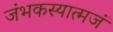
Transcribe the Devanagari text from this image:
जंभकस्यात्मजं